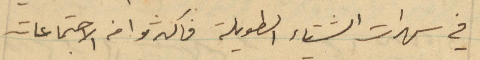
في سهرات الشتاء الطويلة فاكثروا من الاجتماعات